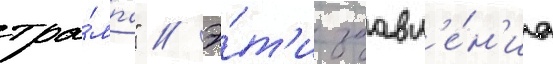
тра́мпа" // Э́т'и заавл'е́н'иа